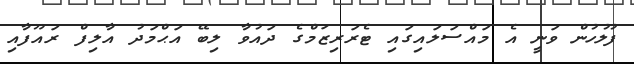
ފުލުހުން ވަނީ އެ މައްސަލައިގައި ޓެރަރިޒަމްގެ ދައުވާ ލިބޭ އަޙްމަދު އާލިފް ރައޫފާއި